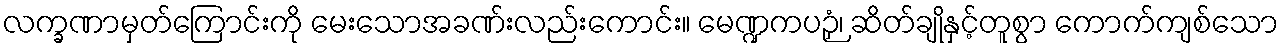
လက္ခဏာမှတ်ကြောင်းကို မေးသောအခဏ်းလည်းကောင်း။ မေဏ္ဍကပဉှံ၊ ဆိတ်ချိုနှင့်တူစွာ ကောက်ကျစ်သော